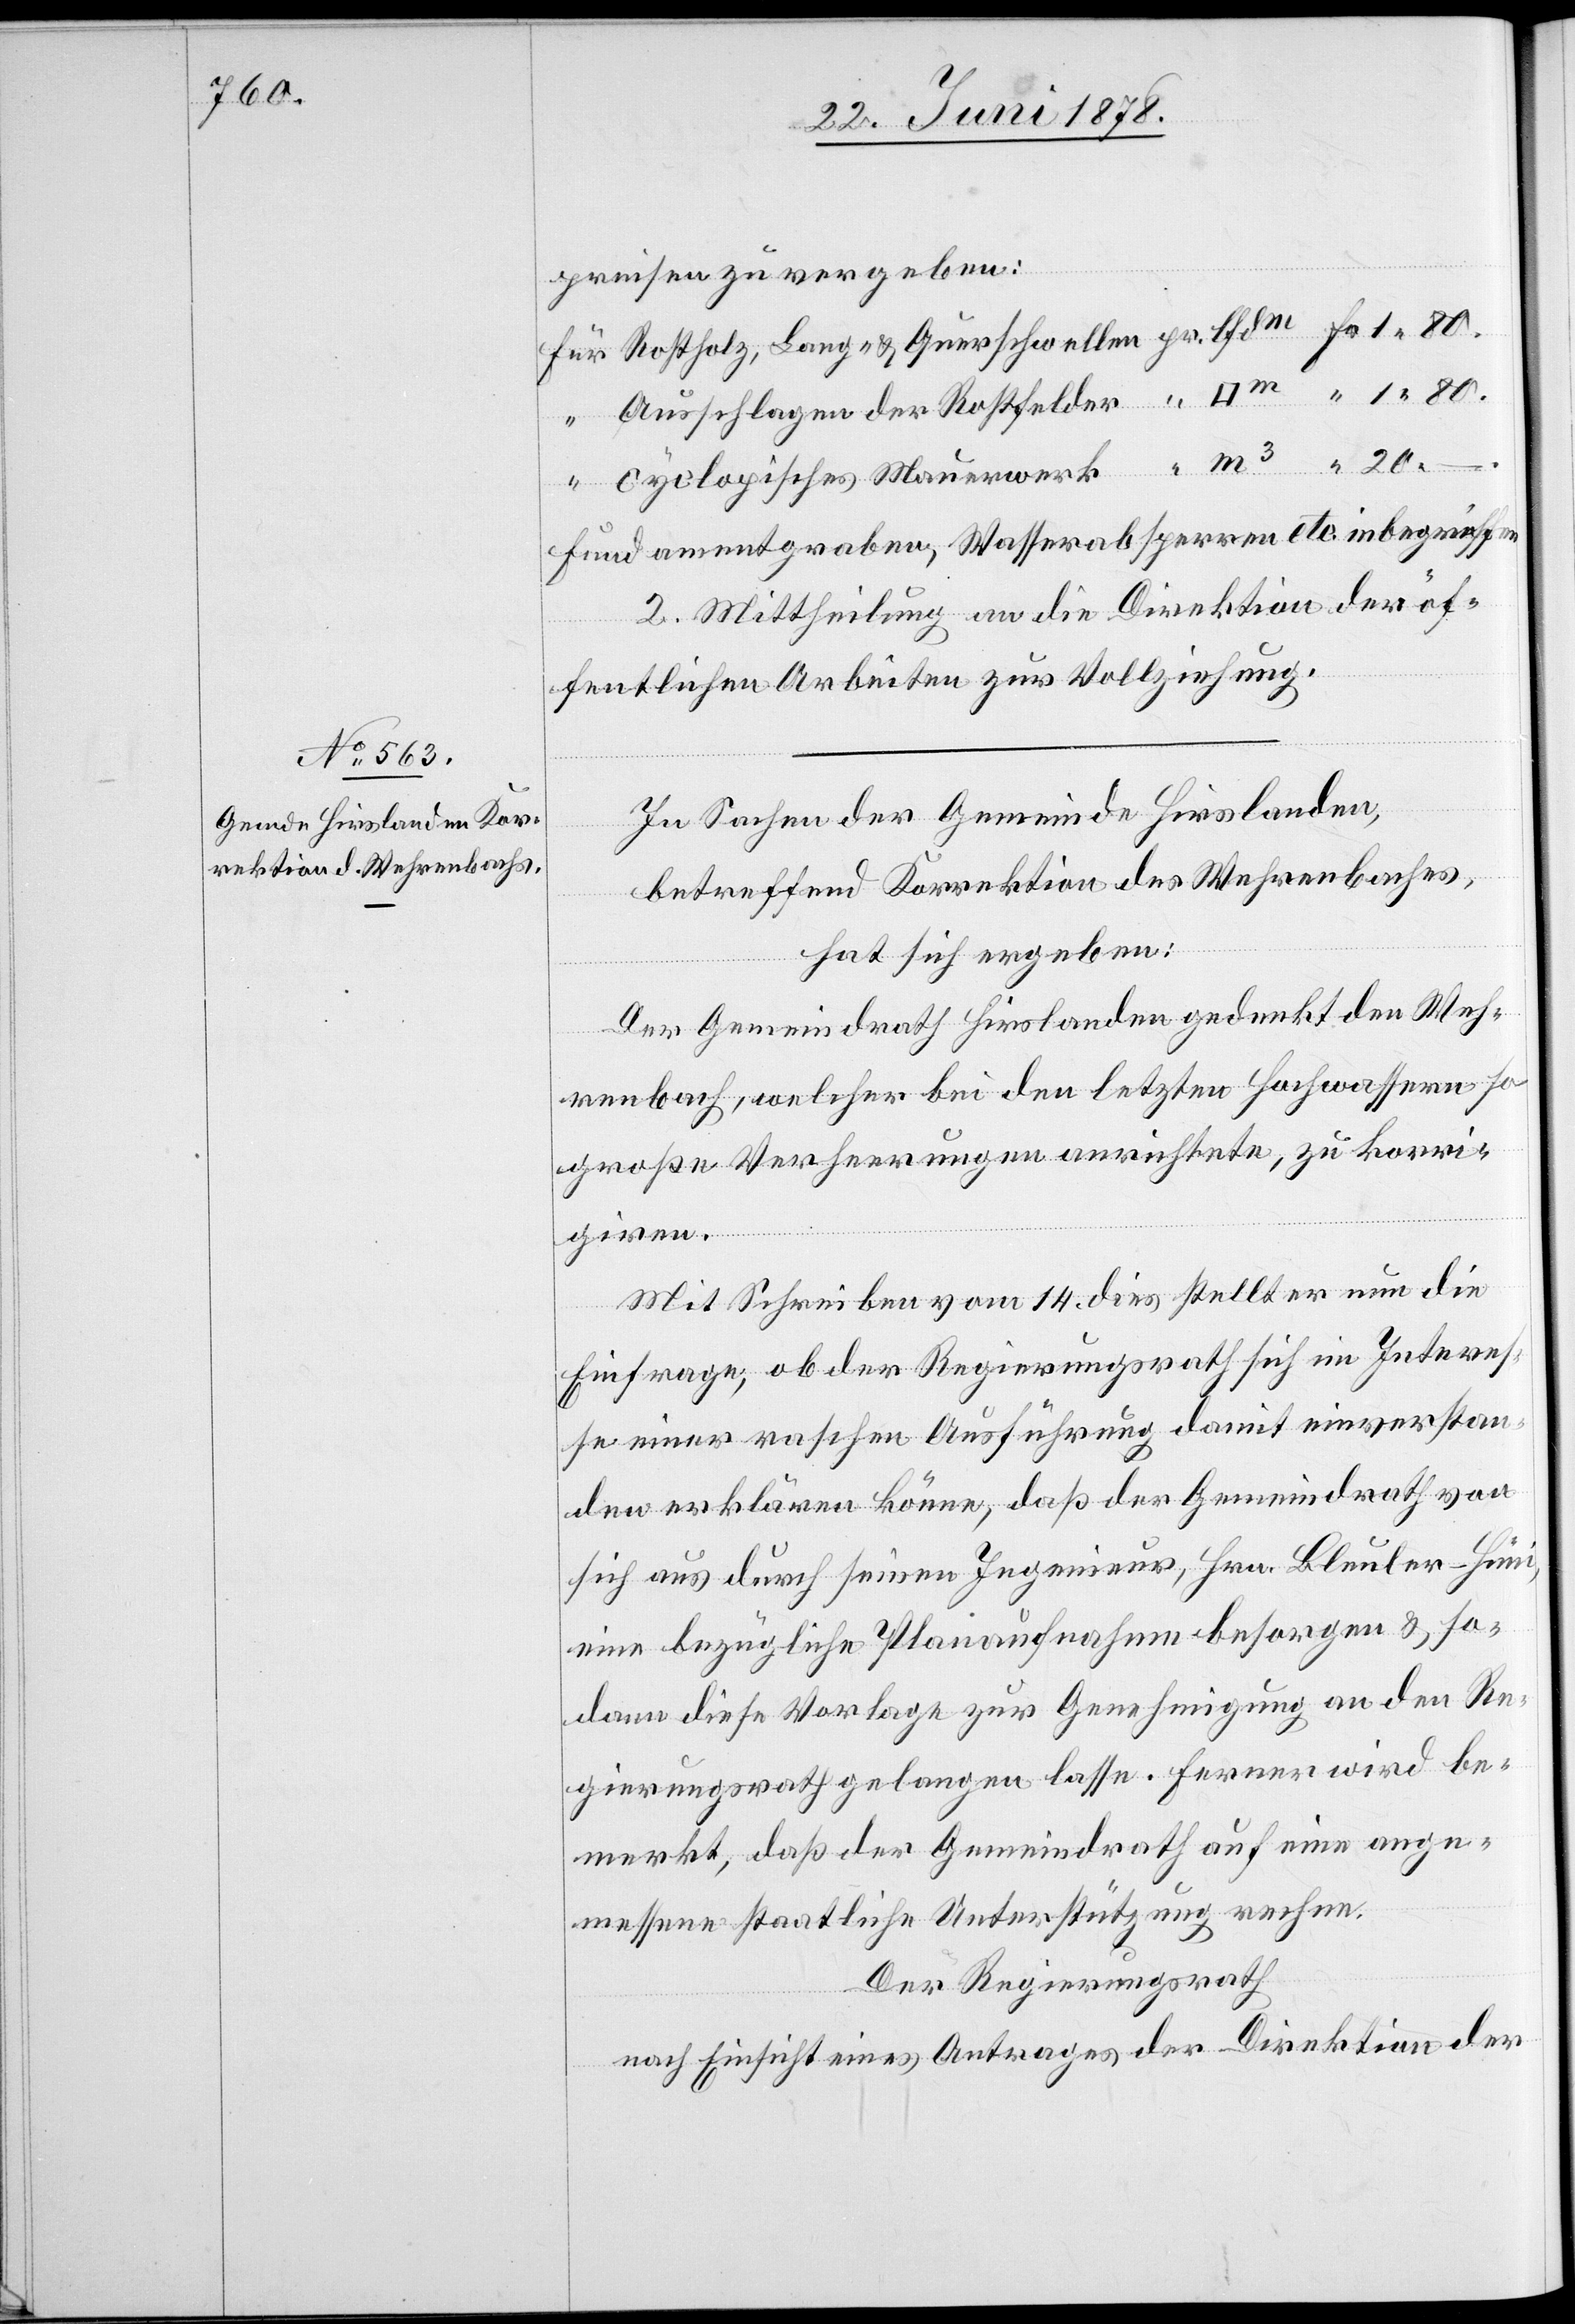
preisen zu vergeben:
Fundamentgraben, Wasserabsperren etc. inbegriffen.
2. Mittheilung an die Direktion der öf¬
fentlichen Arbeiten zur Vollziehung.
In Sachen der Gemeinde Hirslanden,
betreffend Korrektion des Wehrenbaches,
hat sich ergeben:
Der Gemeindrath Hirslanden gedenkt den Weh¬
renbach, welcher bei den letzten Hochwassern so
große Verheerungen anrichtete, zu korri¬
giren.
Mit Schreiben vom 14. dies stellt er nun die
Einfrage, ob der Regierungsrath sich im Interes¬
se einer raschen Ausführung damit einverstan¬
den erklären könne, daß der Gemeindrath von
sich aus durch seinen Ingenieur, Hrn. Bleuler-Hüni,
eine bezügliche Planaufnahme besorgen & so¬
dann diese Vorlage zur Genehmigung an den Re¬
gierungsrath gelangen lasse. Ferner wird be¬
merkt, daß der Gemeindrath auf eine ange¬
messene staatliche Unterstützung rechne.
Der Regierungsrath
nach Einsicht eines Antrages der Direktion der